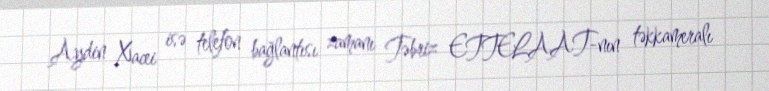
Aydin Xacei isə telefon bağlantısı zamanı Təbriz ETTELAAT-nın təkkameralı